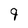
Character: 9